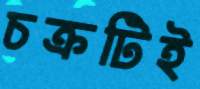
চক্রটিই